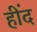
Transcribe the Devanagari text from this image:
हींद